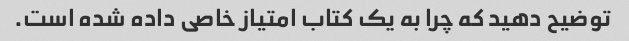
توضیح دهید که چرا به یک کتاب امتیاز خاصی داده شده است.